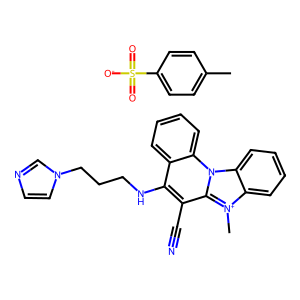
SMILES: C[n+]1c2ccccc2n2c3ccccc3c(NCCCn3ccnc3)c(C#N)c21.Cc1ccc(S(=O)(=O)[O-])cc1
Inhibits HIV replication: No